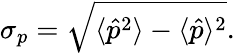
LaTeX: \sigma_{p}={\sqrt{\langle{\hat{p}}^{2}\rangle-\langle{\hat{p}}\rangle^{2}}}.